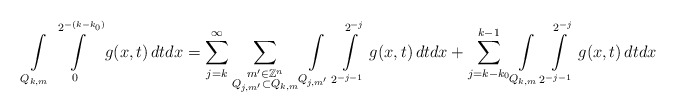
\begin{align*}\int\limits_{Q_{k,m}}\int\limits_{0}^{2^{-(k-k_{0})}}g(x,t)\,dt dx = \sum\limits_{j=k}^{\infty}\sum\limits_{\substack {m' \in \mathbb{Z}^{n}\\ Q_{j,m'} \subset Q_{k,m}}}\int\limits_{Q_{j,m'}}\int\limits_{2^{-j-1}}^{2^{-j}}g(x,t)\,dt dx + \sum\limits_{j=k-k_{0}}^{k-1}\int\limits_{Q_{k,m}}\int\limits_{2^{-j-1}}^{2^{-j}}g(x,t)\,dt dx\end{align*}